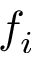
f _ { i }